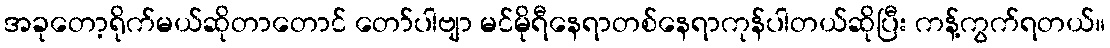
အခုတော့ရိုက်မယ်ဆိုတာတောင် တော်ပါဗျာ မင်မိုရီနေရာတစ်နေရာကုန်ပါတယ်ဆိုပြီး ကန့်ကွက်ရတယ်။